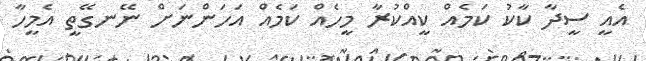
އެއީ ސީދާ ކާކު ކަމެއް ކީއްކުރާ މީހެއް ކަމެއް އަހަންނަށް ނޭނގޭތީ އެމީހާ